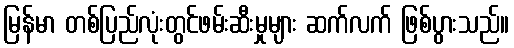
မြန်မာ တစ်ပြည်လုံးတွင်ဖမ်းဆီးမှုများ ဆက်လက် ဖြစ်ပွားသည်။